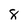
Character: 8